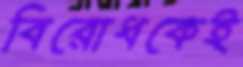
বিরোধকেই